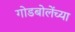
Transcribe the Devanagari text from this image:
गोडबोलेंच्या